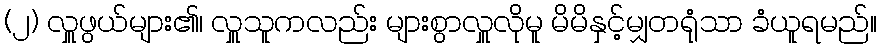
(၂) လှူဖွယ်များ၏၊ လှူသူကလည်း များစွာလှူလိုမူ မိမိနှင့်မျှတရုံသာ ခံယူရမည်။